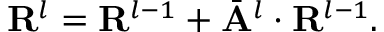
\mathbf { R } ^ { l } = \mathbf { R } ^ { l - 1 } + \bar { \mathbf { A } } ^ { l } \cdot \mathbf { R } ^ { l - 1 } .